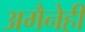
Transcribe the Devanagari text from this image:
अमैनेही